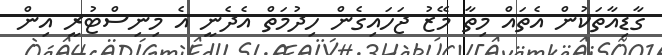
ގާޑިއާތަކުން އެތައް މިތާ މޭޒު ޖަހައިގެން ހިދުމަތް އެދެނީ އެ މިނިސްޓުރީ އިން